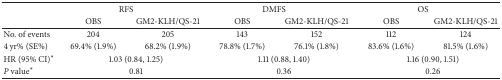
<table><thead><tr><td><b> </b></td><td colspan="2"><b>RFS</b></td><td colspan="2"><b>DMFS</b></td><td colspan="2"><b>OS</b></td></tr><tr><td><b> </b></td><td><b>OBS</b></td><td><b>GM2-KLH/QS-21</b></td><td><b>OBS</b></td><td><b>GM2-KLH/QS-21</b></td><td><b>OBS</b></td><td><b>GM2-KLH/QS-21</b></td></tr></thead><tbody><tr><td>No. of events</td><td>204</td><td>205</td><td>143</td><td>152</td><td>112</td><td>124</td></tr><tr><td>4 yr% (SE%)</td><td>69.4% (1.9%)</td><td>68.2% (1.9%)</td><td>78.8% (1.7%)</td><td>76.1% (1.8%)</td><td>83.6% (1.6%)</td><td>81.5% (1.6%)</td></tr><tr><td>HR (95% CI)*</td><td colspan="2">1.03 (0.84, 1.25)</td><td colspan="2">1.11 (0.88, 1.40)</td><td colspan="2">1.16 (0.90, 1.51)</td></tr><tr><td><i>P</i> value*</td><td colspan="2">0.81</td><td colspan="2">0.36</td><td colspan="2">0.26</td></tr></tbody></table>